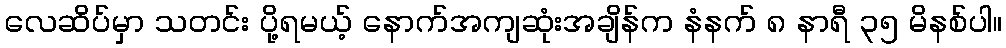
လေဆိပ်မှာ သတင်း ပို့ရမယ့် နောက်အကျဆုံးအချိန်က နံနက် ၈ နာရီ ၃၅ မိနစ်ပါ။